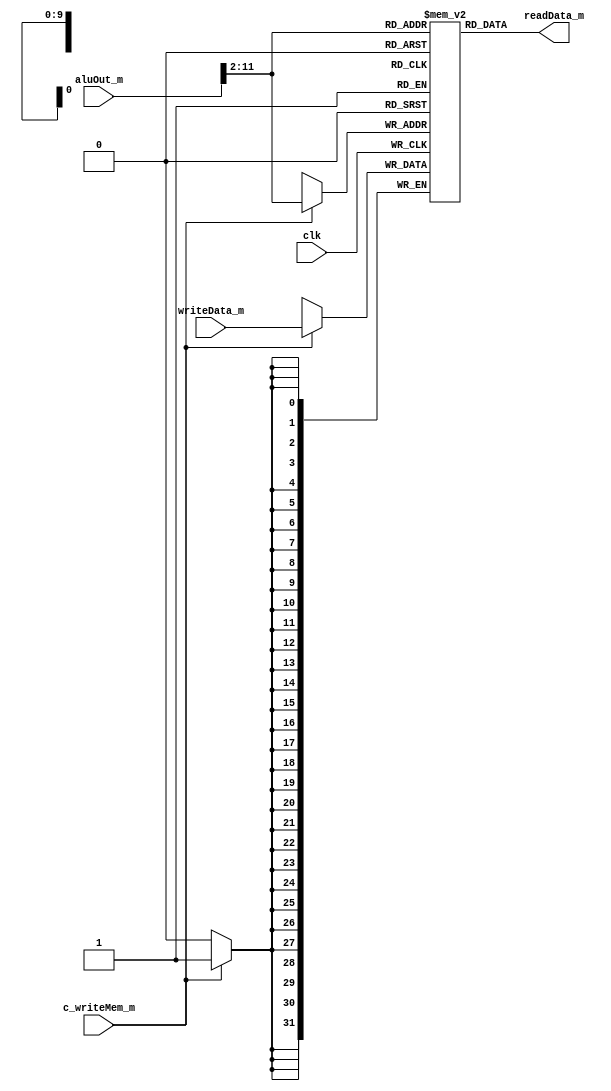
`timescale 1ns / 1ps
//////////////////////////////////////////////////////////////////////////////////
// Company: 
// Engineer: 
// 
// Design Name: 
// Module Name: data_mem
// Project Name: 
// Target Devices: 
// Tool Versions: 
// Description: 
// 
// Dependencies: 
// 
// Revision:
// Revision 0.01 - File Created
// Additional Comments:
// 
//////////////////////////////////////////////////////////////////////////////////


module data_mem(
    input clk,c_writeMem_m,
    input [31:0] writeData_m,aluOut_m,
    output [31:0] readData_m
    );
    
    reg [31:0] dataMem[0:1023];
    integer i;
    
    initial for (i = 0; i < 1023; i = i + 1) dataMem[i] <= 0;
    
    always@(posedge clk)
    begin
        if(c_writeMem_m) dataMem[aluOut_m[11:2]]<=writeData_m;
    end
    
    assign readData_m=dataMem[aluOut_m[11:2]];
endmodule